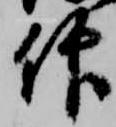
仰